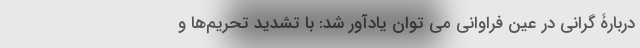
دربارۀ گرانی در عین فراوانی می توان یادآور شد: با تشدید تحریم‌ها و